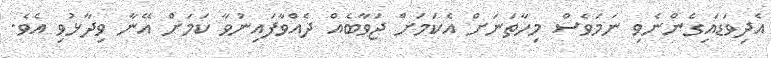
އެދިވަޑައިގެންނެވި ނަމަވެސް މިހާތަނަށް އެކަމަށް ޖަވާބެއް ދެއްވާފައިނުވާ ކަމަށް އޭނާ ވިދާޅުވި އެވެ.